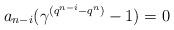
\begin{align*} a_{n-i}(\gamma^{(q^{n-i}-q^n)}-1)=0 \end{align*}